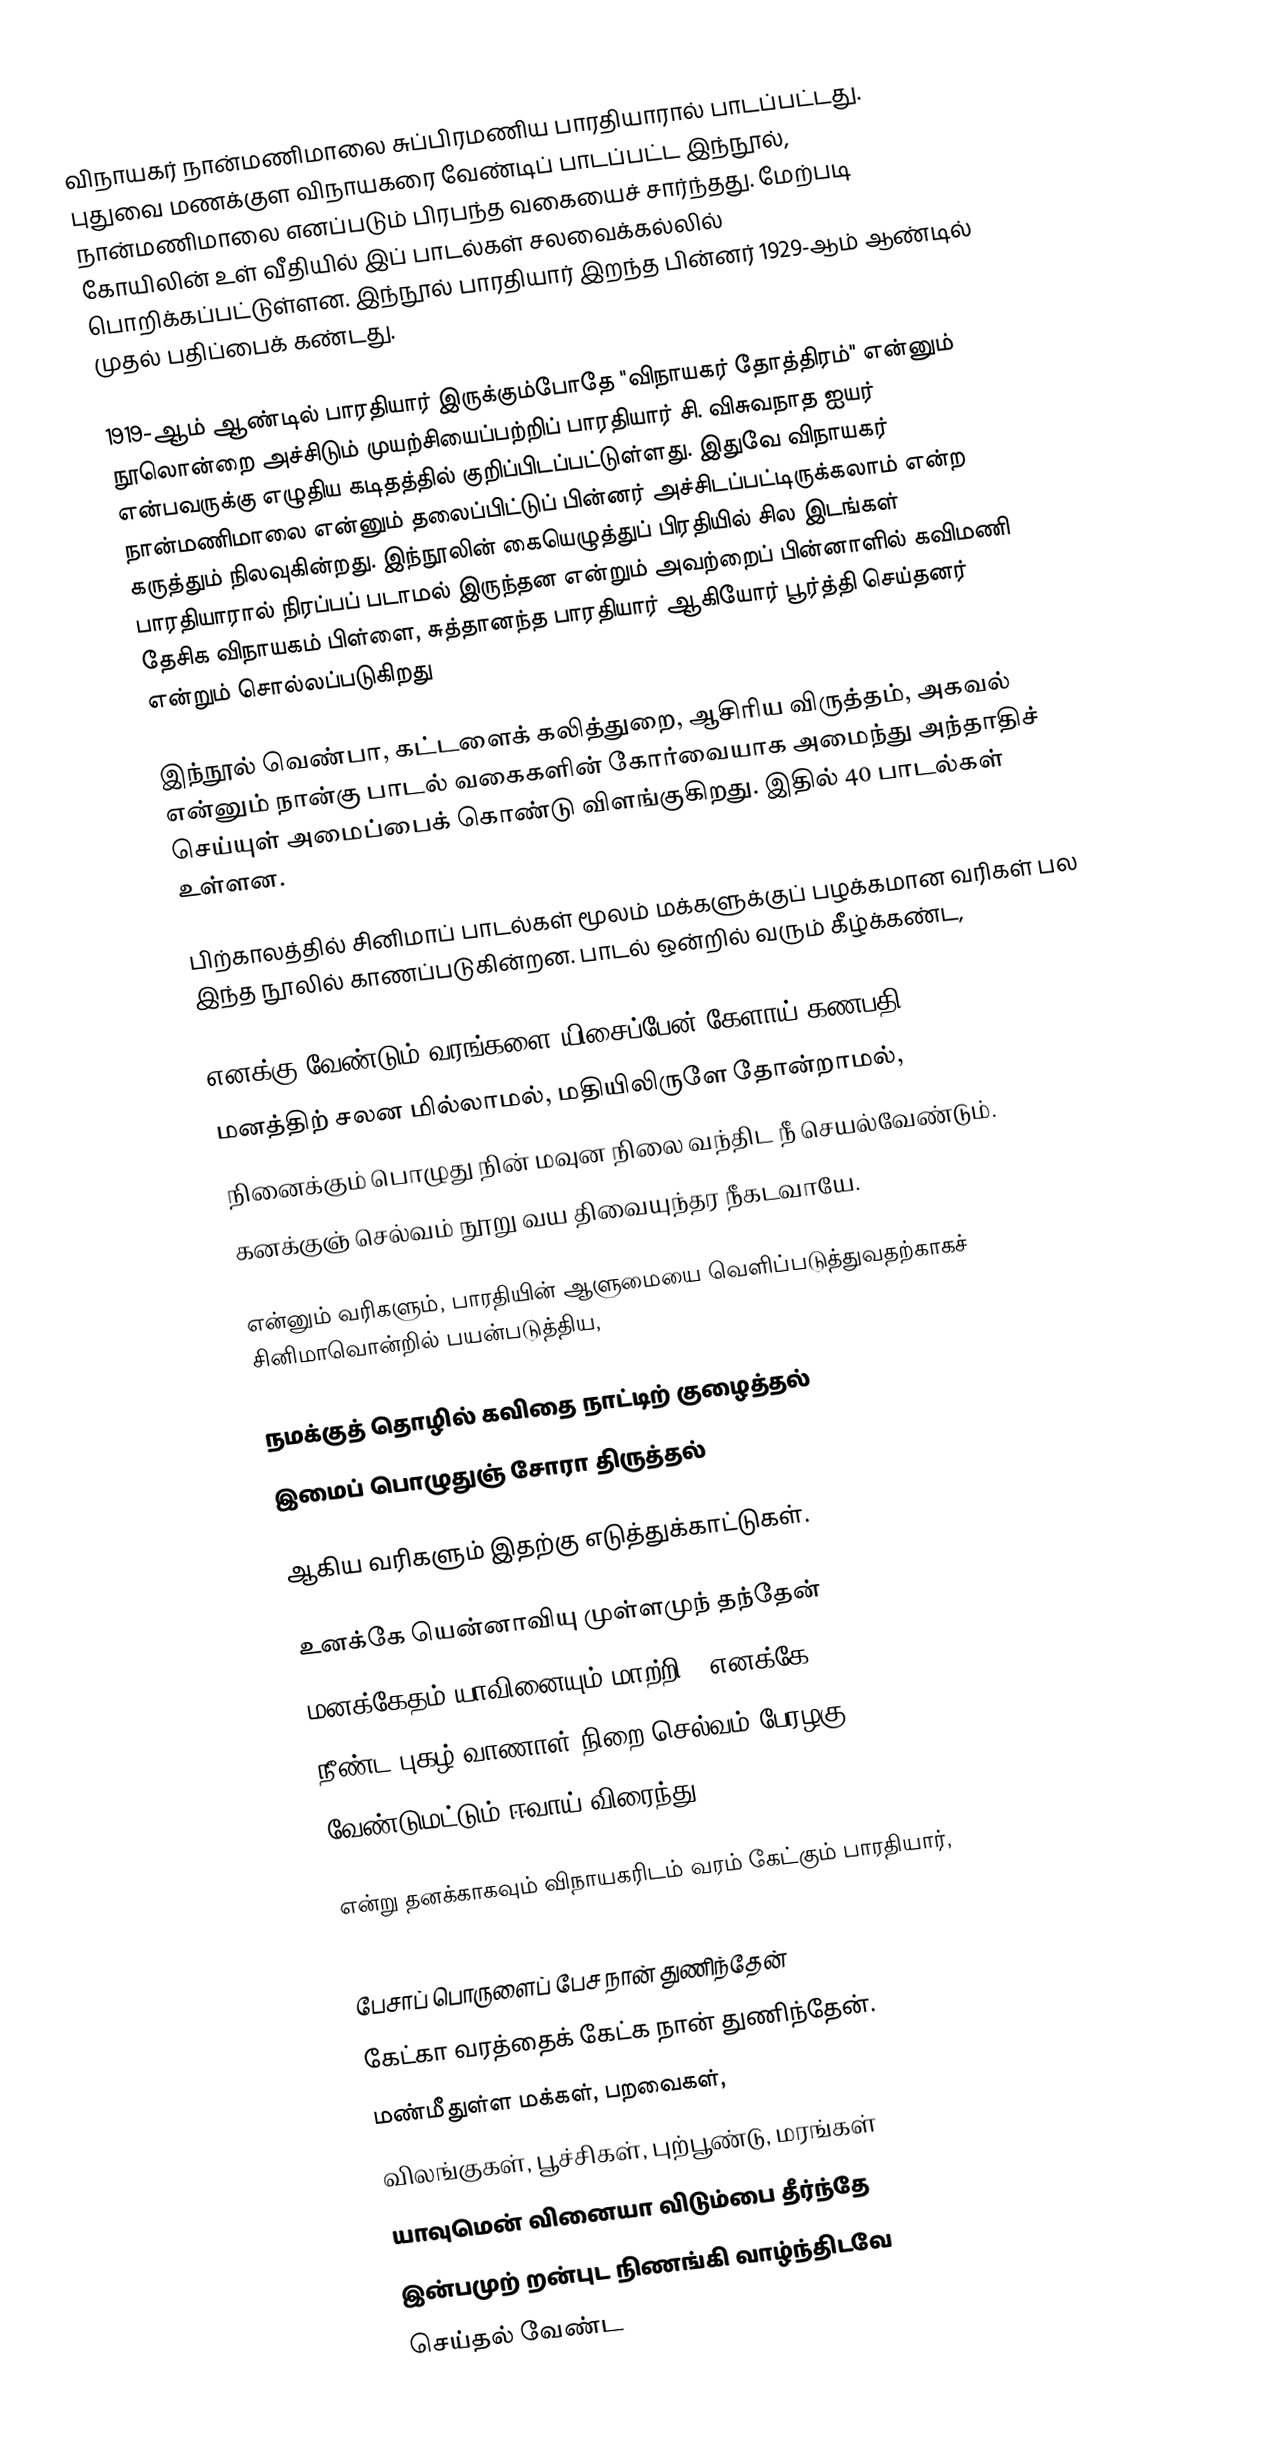
விநாயகர் நான்மணிமாலை சுப்பிரமணிய பாரதியாரால் பாடப்பட்டது. புதுவை மணக்குள விநாயகரை வேண்டிப் பாடப்பட்ட இந்நூல், நான்மணிமாலை எனப்படும் பிரபந்த வகையைச் சார்ந்தது. மேற்படி கோயிலின் உள் வீதியில் இப் பாடல்கள் சலவைக்கல்லில் பொறிக்கப்பட்டுள்ளன. இந்நூல் பாரதியார் இறந்த பின்னர் 1929-ஆம் ஆண்டில் முதல் பதிப்பைக் கண்டது.

1919-ஆம் ஆண்டில் பாரதியார் இருக்கும்போதே "விநாயகர் தோத்திரம்" என்னும் நூலொன்றை அச்சிடும் முயற்சியைப்பற்றிப் பாரதியார் சி. விசுவநாத ஐயர் என்பவருக்கு எழுதிய கடிதத்தில் குறிப்பிடப்பட்டுள்ளது. இதுவே விநாயகர் நான்மணிமாலை என்னும் தலைப்பிட்டுப் பின்னர் அச்சிடப்பட்டிருக்கலாம் என்ற கருத்தும் நிலவுகின்றது. இந்நூலின் கையெழுத்துப் பிரதியில் சில இடங்கள் பாரதியாரால் நிரப்பப் படாமல் இருந்தன என்றும் அவற்றைப் பின்னாளில் கவிமணி தேசிக விநாயகம் பிள்ளை, சுத்தானந்த பாரதியார் ஆகியோர் பூர்த்தி செய்தனர் என்றும் சொல்லப்படுகிறது

இந்நூல் வெண்பா, கட்டளைக் கலித்துறை, ஆசிரிய விருத்தம், அகவல் என்னும் நான்கு பாடல் வகைகளின் கோர்வையாக அமைந்து அந்தாதிச் செய்யுள் அமைப்பைக் கொண்டு விளங்குகிறது. இதில் 40 பாடல்கள் உள்ளன.

பிற்காலத்தில் சினிமாப் பாடல்கள் மூலம் மக்களுக்குப் பழக்கமான வரிகள் பல இந்த நூலில் காணப்படுகின்றன. பாடல் ஒன்றில் வரும் கீழ்க்கண்ட,

 எனக்கு வேண்டும் வரங்களை யிசைப்பேன் கேளாய் கணபதி,
 மனத்திற் சலன மில்லாமல், மதியிலிருளே தோன்றாமல்,
 நினைக்கும் பொழுது நின் மவுன நிலை வந்திட நீ செயல்வேண்டும்.
 கனக்குஞ் செல்வம் நூறு வய திவையுந்தர நீகடவாயே.

என்னும் வரிகளும், பாரதியின் ஆளுமையை வெளிப்படுத்துவதற்காகச் சினிமாவொன்றில் பயன்படுத்திய,

 நமக்குத் தொழில் கவிதை நாட்டிற் குழைத்தல்
 இமைப் பொழுதுஞ் சோரா திருத்தல்

ஆகிய வரிகளும் இதற்கு எடுத்துக்காட்டுகள்.

 உனக்கே யென்னாவியு முள்ளமுந் தந்தேன்
 மனக்கேதம் யாவினையும் மாற்றி - எனக்கே
 நீண்ட புகழ் வாணாள் நிறை செல்வம் பேரழகு
 வேண்டுமட்டும் ஈவாய் விரைந்து.

என்று தனக்காகவும் விநாயகரிடம் வரம் கேட்கும் பாரதியார்,

 பேசாப் பொருளைப் பேச நான் துணிந்தேன்
 கேட்கா வரத்தைக் கேட்க நான் துணிந்தேன்.
 மண்மீதுள்ள மக்கள், பறவைகள்,
 விலங்குகள், பூச்சிகள், புற்பூண்டு, மரங்கள்
 யாவுமென் வினையா விடும்பை தீர்ந்தே
 இன்பமுற் றன்புட நிணங்கி வாழ்ந்திடவே
 செய்தல் வேண்ட